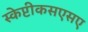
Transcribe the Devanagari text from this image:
स्केप्टीकसएसए